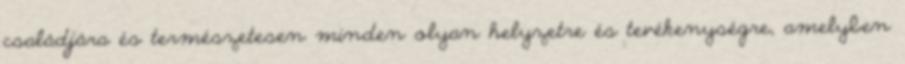
családjára és természetesen minden olyan helyzetre és tevékenységre, amelyben